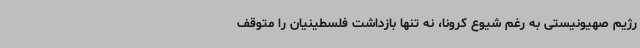
رژیم صهیونیستی به رغم شیوع کرونا، نه تنها بازداشت فلسطینیان را متوقف